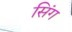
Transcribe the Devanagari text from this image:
सिंग